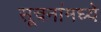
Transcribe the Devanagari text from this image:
सूचनांमध्ये